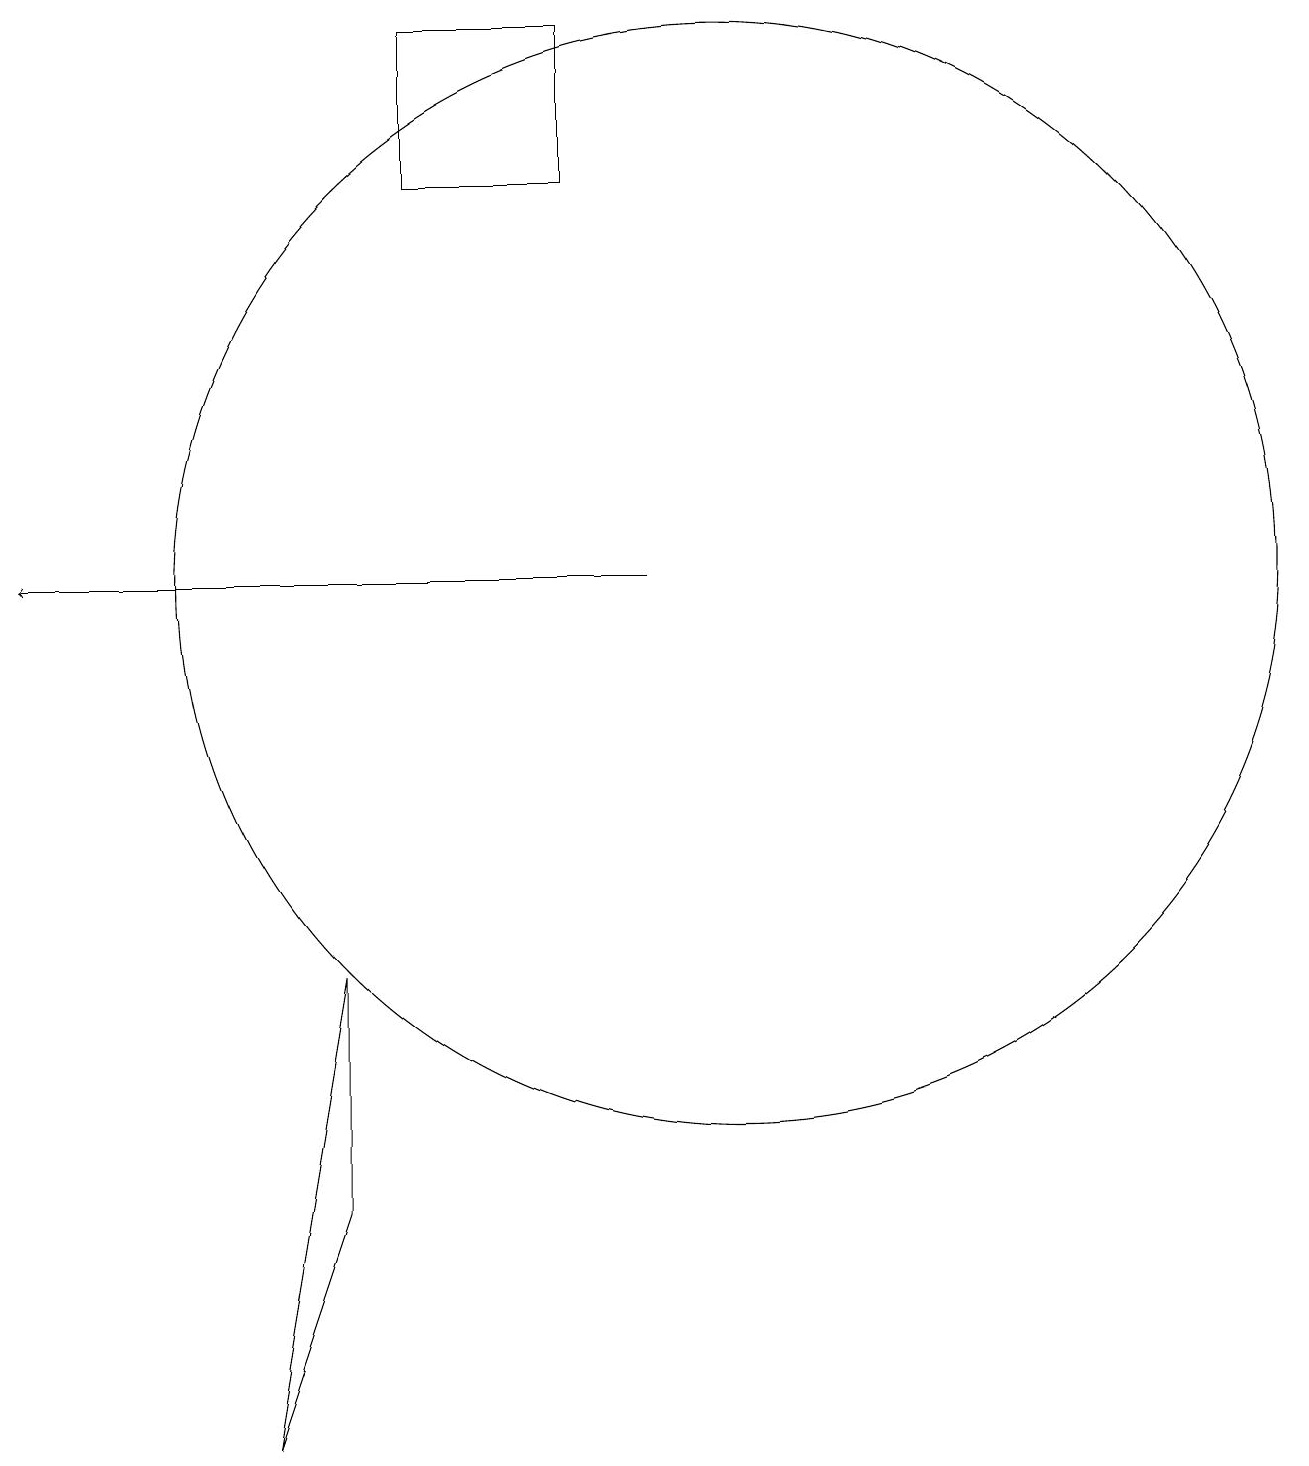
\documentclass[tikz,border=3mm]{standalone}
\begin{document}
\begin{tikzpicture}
\draw[->] (9,11) -- (1,11);
\draw (10,11) circle (7);
\draw (8,18) rectangle (6,16);
\draw (5,6) -- (5,3) -- (4,0) -- cycle;
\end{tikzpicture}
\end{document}